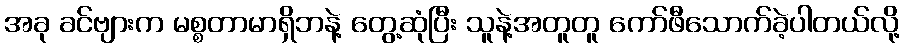
အခု ခင်ဗျားက မစ္စတာမာရှိဘနဲ့ တွေ့ဆုံပြီး သူနဲ့အတူတူ ကော်ဖီသောက်ခဲ့ပါတယ်လို့